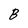
Character: B